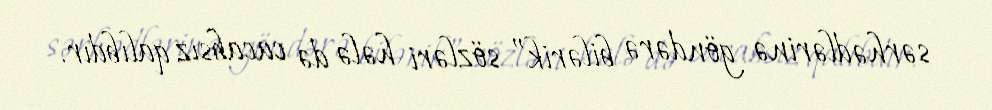
sərhədlərinə göndərə bilərik” sözləri hələ də cacabsız qalıbdır.